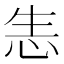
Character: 𢘡